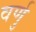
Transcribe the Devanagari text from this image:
वर्णु